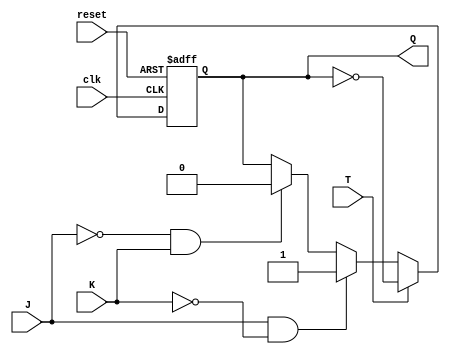
module tjk_ff (
    input wire clk,
    input wire reset,
    input wire J,
    input wire K,
    input wire T,
    output reg Q
);

reg Q_bar;

always @(posedge clk, posedge reset) begin
    if (reset) begin
        Q <= 1'b0;
        Q_bar <= 1'b1;
    end else begin
        if (T) begin
            Q <= ~Q;
            Q_bar <= Q;
        end else begin
            if (J & ~K) begin
                Q <= 1'b1;
                Q_bar <= 1'b0;
            end else if (~J & K) begin
                Q <= 1'b0;
                Q_bar <= 1'b1;
            end else begin
                Q <= Q;
                Q_bar <= Q_bar;
            end
        end
    end
end

endmodule